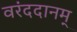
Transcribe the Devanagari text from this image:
वरंददानम्